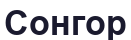
Сонгор